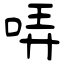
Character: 哢